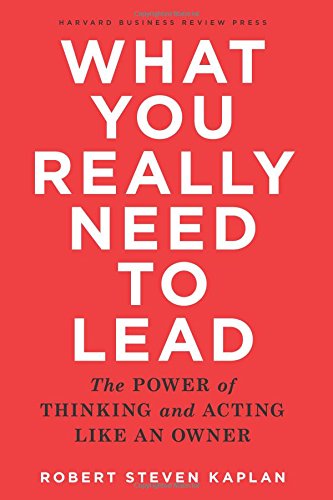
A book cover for What You Really Need to Lead: The Power of Thinking and Acting Like an Owner; Robert Steven Kaplan; Business & Money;